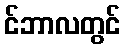
င်ဘာလတွင်